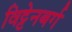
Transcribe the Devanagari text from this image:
विट्टेनबर्ग